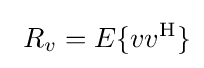
\ R_{v}=E\{vv^{\mathrm {H} }\}